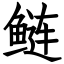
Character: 鲢